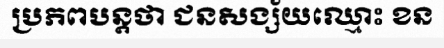
ប្រភពបន្តថា ជនសង្ស័យឈ្មោះ ខន